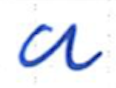
Text: a
Cross-out: clean
Writing tool: ballpoint